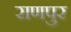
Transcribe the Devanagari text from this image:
राणपुर